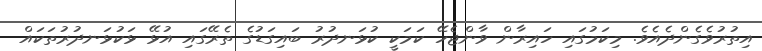
އިތުރުވެގެންދެއެވެ. މިކަމުގައި ހައިރާން ވާންޖެހޭ ކަމަކީ ކުޅަނދުރު ބައިގަޑުގެ ތެރޭގައި އުޅޭ ޅަކުޅަނދުރުތަކައް